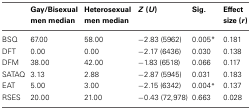
<table><thead><tr><td></td><td><b>Gay/Bisexual men median</b></td><td><b>Heterosexual men median</b></td><td><b><i>Z</i> (<i>U</i>)</b></td><td><b>Sig.</b></td><td><b>Effect size (<i>r</i>)</b></td></tr></thead><tbody><tr><td>BSQ</td><td>67.00</td><td>58.00</td><td>−2.83 (5962)</td><td>0.005<sup>*</sup></td><td>0.181</td></tr><tr><td>DFT</td><td>0.00</td><td>0.00</td><td>−2.17 (6436)</td><td>0.030</td><td>0.138</td></tr><tr><td>DFM</td><td>38.00</td><td>42.00</td><td>−1.83 (6518)</td><td>0.066</td><td>0.117</td></tr><tr><td>SATAQ</td><td>3.13</td><td>2.88</td><td>−2.87 (5945)</td><td>0.031</td><td>0.183</td></tr><tr><td>EAT</td><td>5.00</td><td>3.00</td><td>−2.15 (6342)</td><td>0.004<sup>*</sup></td><td>0.137</td></tr><tr><td>RSES</td><td>20.00</td><td>21.00</td><td>−0.43 (72,978)</td><td>0.663</td><td>0.028</td></tr></tbody></table>